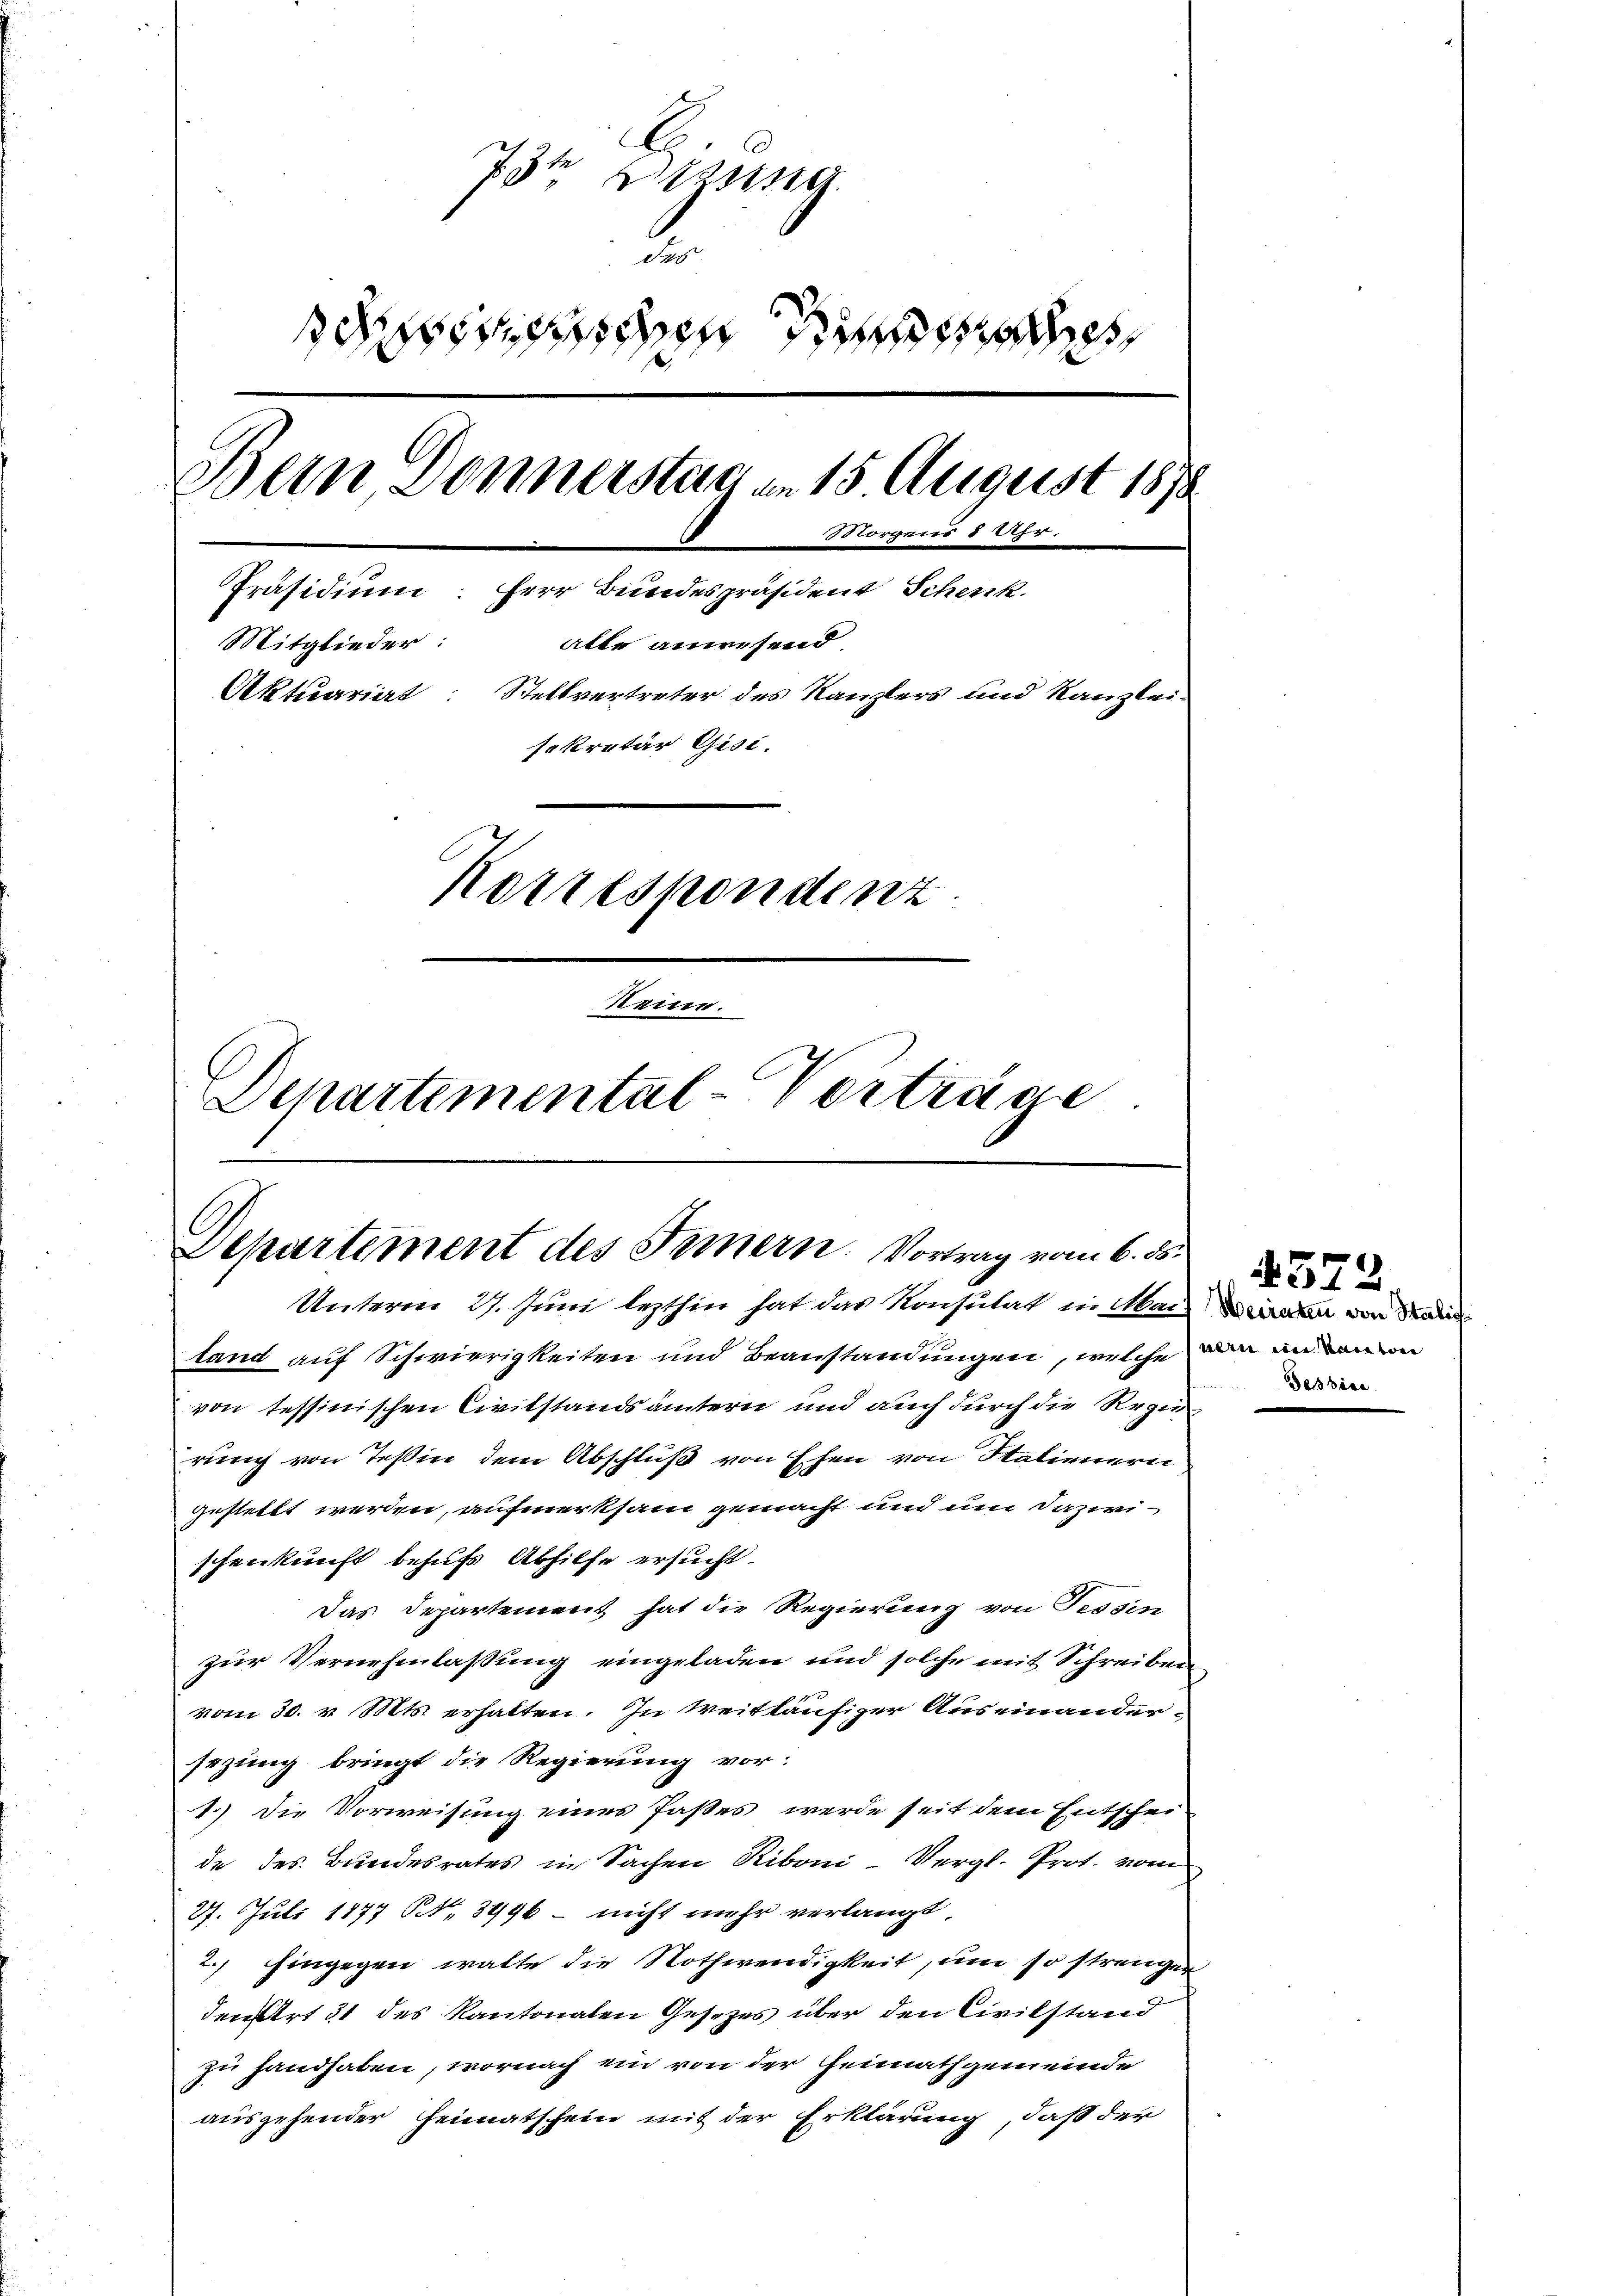
E.
73te Disse
2
sdenn den
Bein Donnerstag am 15 August 1878
Morgens 8 Uhr.
e
Präsidium: Herr Bundespräsident Schenk.
Mitglieder:
alle anwesend
Aktuariat: Stellvertreter des Kanzlers und Kanzlei-
sekretär Gisi.
Korrespondenz
Reine.
Dchartemental-Vorträge

Departement des Innern. Vortrag vom 6. ds.
Unterm 27. Juni lezthin hat das Konsultat in Mai den von Stad

tand auf Schwierigkeiten und Beanstandungen, welche in an ein
von tessinischen Civilstandsämtern und auch durch die Regierung von Teßin dem Abschluß von Ehen von Stalienern
gestellt werden, aufmerksam gemacht und um dazwischenkunft behufs Abhilfe ersucht.
Das Departement hat die Regierung von Tessin
zur Vernehmlassung eingeladen und solche mit Schreiben
vom 30. v. Mts. erhalten. In weitläufiger Auseinandersezung bringt die Regierung vor:
1.) Die Vorweisung eines Paßes, werde seit dem Entschei-
de des Bundesrates in Sachen Riboni -Vergl. Prot. vom
27. Juli 1877 Nr. 3996 – nicht mehr verlangt,
2.) Eingegen walte die Nothwendigkeit, um so strenger
den Art 31 des Kantonalen Gesetzes über den Civilstand
zu handhaben, wornach ein von der Heimathgemeinde
ausgehender Heimatschein mit der Erklärung, daß der

4572.
Tessiae